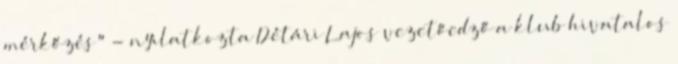
mérkőzés" - nyilatkozta Détári Lajos vezetőedző a klub hivatalos